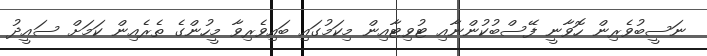
ނަސީބުވެރިން ހޮވާނީ ފޭސްބުކުންނާއި ޓުވިޓާއިން މިކަމުގައި ބައިވެރިވާ މީހުންގެ ތެރެއިން ކަމަށް ސައީދު